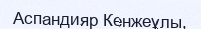
Аспандияр Кенжеұлы,